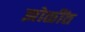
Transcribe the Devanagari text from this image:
झोळींत